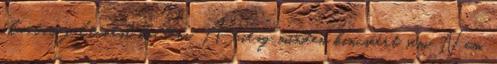
akartam feltűnést kelteni. A világ minden kincséért sem. Nem